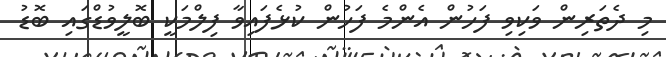
މި ދެތަރިން ވަކިވި ފަހުން އެންމެ ފަހުން ކުޅެފައިވާ ފިލްމަކީ ބޮލީވުޑްގައި ބޮޑު